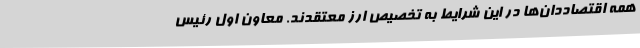
همه اقتصاددان‌ها در این شرایط به تخصیص ارز معتقدند. معاون اول رئیس